Note on the mental hospitals in Burma - 1925-1940
Year: 1925
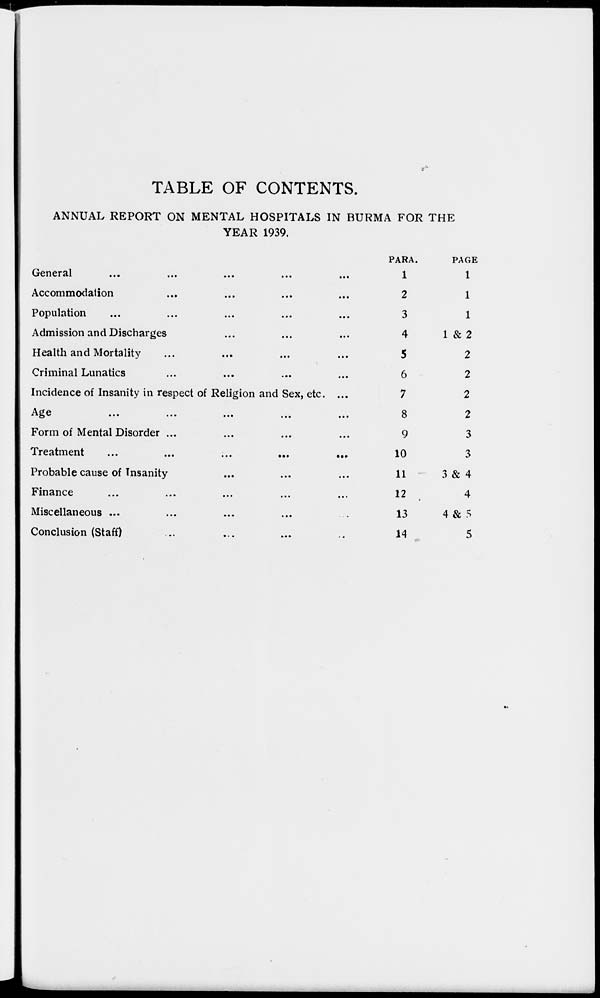
TABLE OF CONTENTS.
ANNUAL REPORT ON MENTAL HOSPITALS IN BURMA FOR THE
YEAR 1939.
General ... ... ... ... ... ...
Accommodation ... ... ... ... ...
Population ... ... ... ... ... ... ...
Admission and Discharges ... ... ... ...
Health and Mortality ... ... ... ...
Criminal Lunatics ... ... ... ... ...
Incidence of Insanity in respect of Religion and Sex, etc. ...
Age ... ... ... ... ... ...
Form of Mental Disorder ... ... ... ... ...
Treatment
...
...
...
...
...
Probable cause of Insanity ... ... ... ...
Finance ... ... ... ... ... ... ...
Miscellaneous ... ... ... ... ... ...
Conclusion (Staff) ... ... ... ... ... ...
PARA.
1
2
3
4
5
6
7
8
9
10
11
12
13
14
PAGE
1
1
1
1 & 2
2
2
2
2
3
3
3 & 4
4
4& 5
5